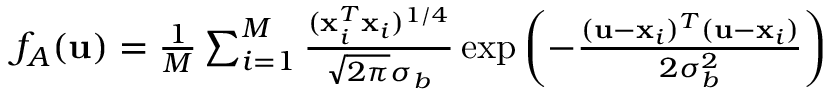
\begin{array} { r } { f _ { A } ( \mathbf { u } ) = \frac { 1 } { M } \sum _ { i = 1 } ^ { M } \frac { ( \mathbf { x } _ { i } ^ { T } \mathbf { x } _ { i } ) ^ { 1 / 4 } } { \sqrt { 2 \pi } \sigma _ { b } } \exp { \left( - \frac { ( \mathbf { u } - \mathbf { x } _ { i } ) ^ { T } ( \mathbf { u } - \mathbf { x } _ { i } ) } { 2 \sigma _ { b } ^ { 2 } } \right) } } \end{array}